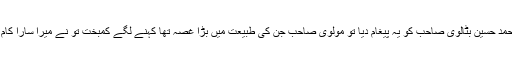
جب مولوی محمد حسین بٹالوی صاحب کو یہ پیغام دیا تو مولوی صاحب جن کی طبیعت میں بڑا غصہ تھا کہنے لگے کمبخت تُو نے میرا سارا کام خراب کر دیا۔